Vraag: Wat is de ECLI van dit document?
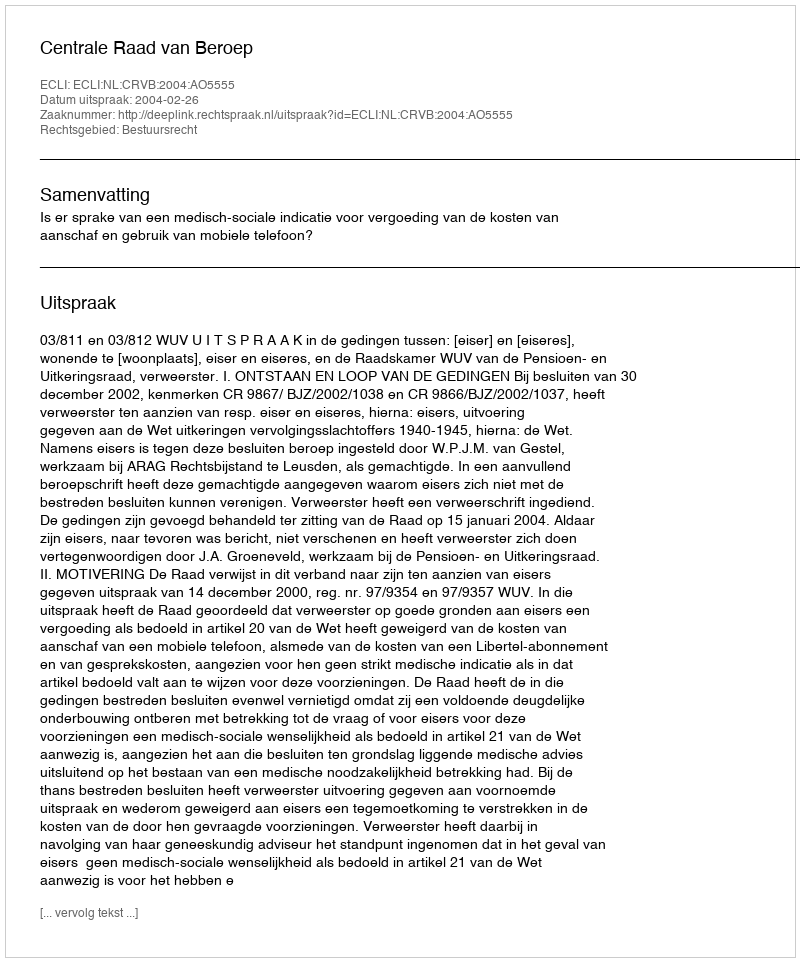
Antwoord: ECLI:NL:CRVB:2004:AO5555